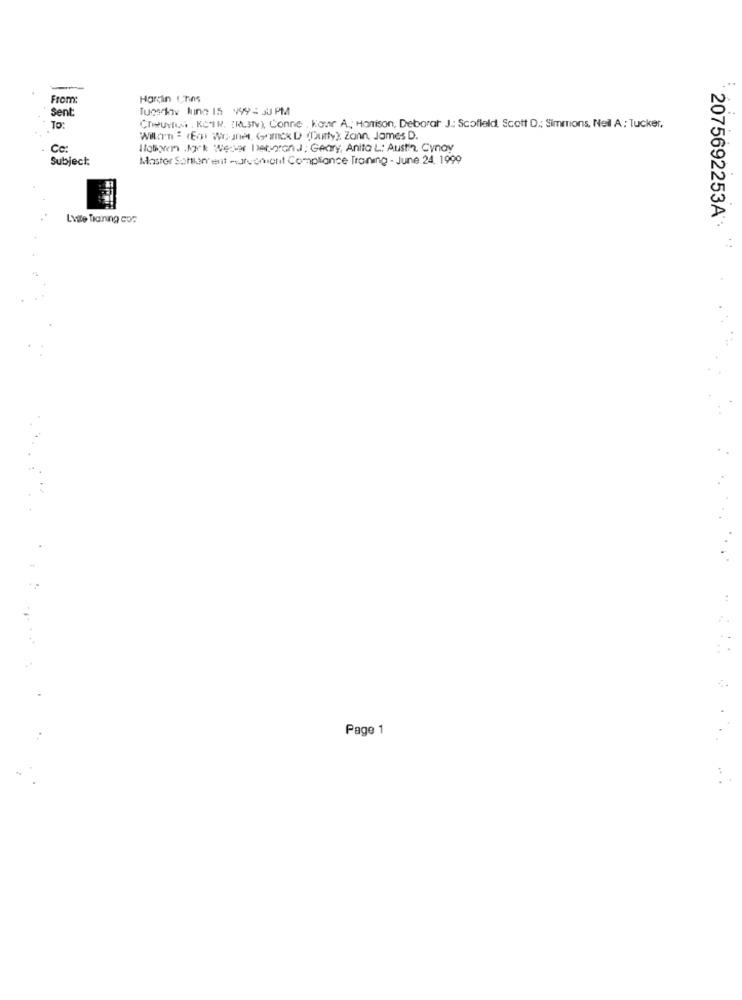
From:
Harçin Chins
Sent:
Tuesday kinn 15 999 : 30 PM
To:
Cheurtes , KCIR. (H.stv), Conne . kour A .; Harrison, Deborah J .: Scofield. Scott D .; Simmons, Nell A: Tucker.
Willen : (for Womnet (omcKD (Duty); Zann, James D.
Cc:
lloBorn Jack Weser bebieron.J; Geary, Anita L: Austin. Cynay
Subject:
Mastor Santian ent -uruchonit Compliance Traning - June 24, 1999
Lvite Training cos
2075692253A
Page 1